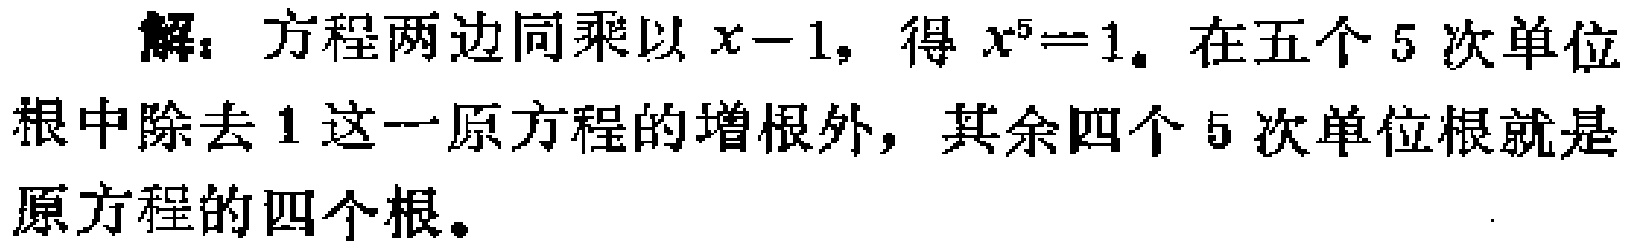
解：方程两边同乘以\(x - 1\)，得\(x^{5}=1\)。在五个\(5\)次单位根中除去\(1\)这一原方程的增根外，其余四个\(5\)次单位根就是原方程的四个根。